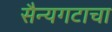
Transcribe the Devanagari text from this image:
सैन्यगटाचा